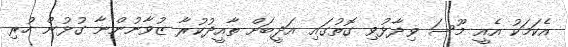
އެކަމަކު އެއީ މޫސަ ވިދާޅުވި ގޮތުގައި އަދީބަށް ތާއީދުކުރާ ޒުވާނުންނާ ގުޅުން ހުރި